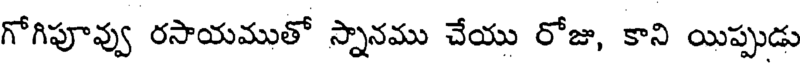
గోగిపూవ్వు రసాయముతో స్నానము చేయు రోజు, కాని యిప్పుడు